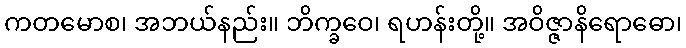
ကတမောစ၊ အဘယ်နည်း။ ဘိက္ခဝေ၊ ရဟန်းတို့။ အဝိဇ္ဇာနိရောဓော၊